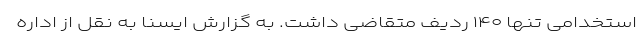
استخدامی تنها ۱۴۰ ردیف متقاضی داشت. به گزارش ایسنا به نقل از اداره